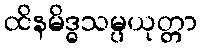
ထိနမိဒ္ဓသမ္ပယုတ္တာ